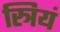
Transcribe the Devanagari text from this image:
स्त्रियं